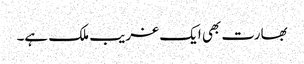
بھارت بھی ایک غریب ملک ہے۔